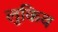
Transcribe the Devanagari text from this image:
लुकिव